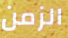
الزمن